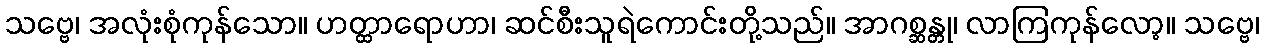
သဗ္ဗေ၊ အလုံးစုံကုန်သော။ ဟတ္ထာရောဟာ၊ ဆင်စီးသူရဲကောင်းတို့သည်။ အာဂစ္ဆန္တု၊ လာကြကုန်လော့။ သဗ္ဗေ၊